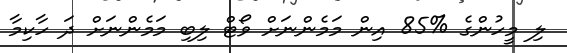
ލި މީހުންގެ %85 އިން މަމެންނަށް ވޯޓް ލިބި މަމެންނަށް ދަ ހާކިމާ